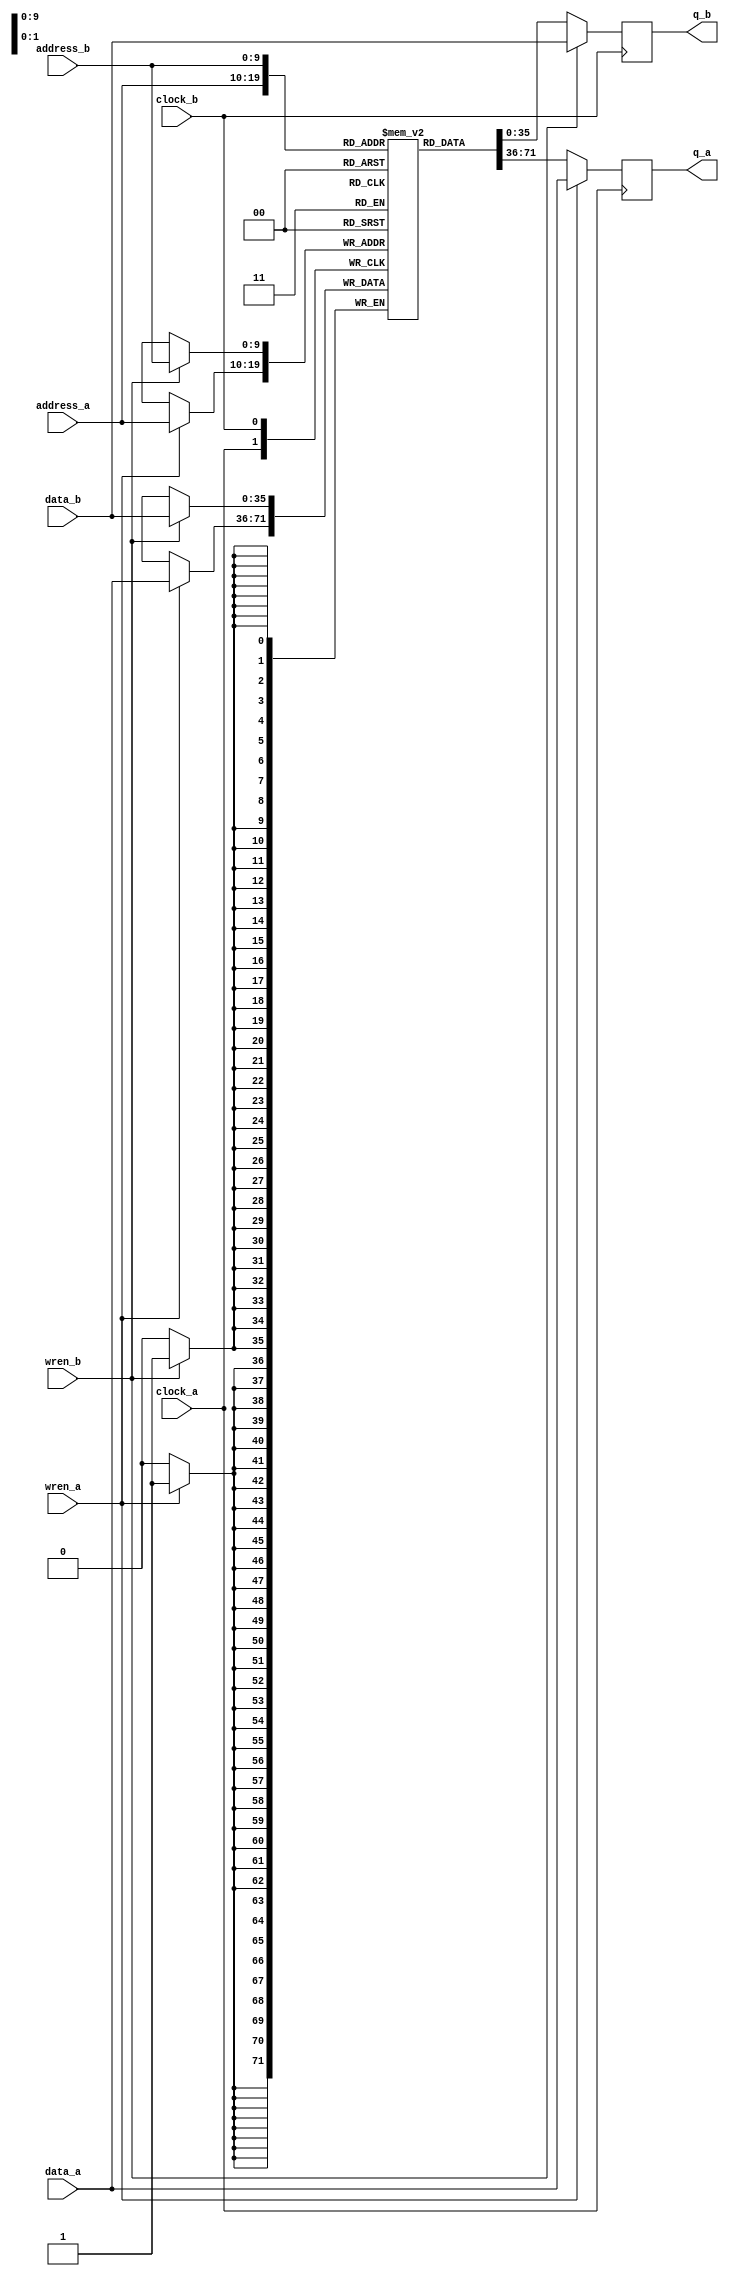
module duram(
data_a,
data_b,
wren_a,
wren_b,
address_a,
address_b,
clock_a,
clock_b,
q_a,
q_b);

parameter DATA_WIDTH    = 36; 
parameter ADDR_WIDTH    = 10;  
parameter dummy = "dummy";
parameter dummy2 = "dummy2";

input   [DATA_WIDTH -1:0]   data_a;
input                       wren_a;
input   [ADDR_WIDTH -1:0]   address_a;
input                       clock_a;
output  reg [DATA_WIDTH -1:0]   q_a;
input   [DATA_WIDTH -1:0]   data_b;
input                       wren_b;
input   [ADDR_WIDTH -1:0]   address_b;
input                       clock_b;
output  reg [DATA_WIDTH -1:0]   q_b;
 
   // Shared memory
   reg [DATA_WIDTH-1:0] mem [(2**ADDR_WIDTH)-1:0];
	 
   // Port A
   always @(posedge clock_a) begin
	    q_a      <= mem[address_a];
	    if(wren_a) begin
	        q_a      <= data_a;
	        mem[address_a] <= data_a;
	    end
	end
	 
	// Port B
	always @(posedge clock_b) begin
	    q_b      <= mem[address_b];
	    if(wren_b) begin
	        q_b      <= data_b;
	        mem[address_b] <= data_b;
	    end
	end
	 
endmodule